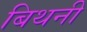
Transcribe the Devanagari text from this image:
बिथनी